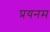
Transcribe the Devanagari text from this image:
प्रयनम